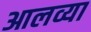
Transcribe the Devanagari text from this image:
आलव्या